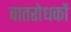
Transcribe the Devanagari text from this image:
वातरोधकों